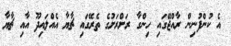
އެ ކުންފުނިން ރާއްޖޭގައި ހިންގާ ރަށްރަށުގެ ތެރޭގައި ޗާޔާ އެއްލައިދޫ އާއި ޗާޔާ